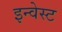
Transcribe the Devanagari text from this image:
इन्वेस्ट